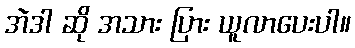
အဲဒါ ဆို အသား ပြား ယူလာပေးပါ။